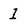
Character: 1